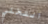
التخلي